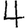
Digit: 4